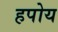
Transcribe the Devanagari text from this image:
हपोय